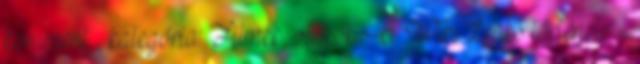
komment , kategória: Filmek, videók A WikiLeaks története -